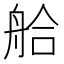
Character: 䑪